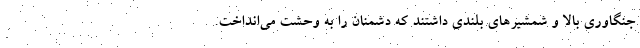
جنگاوری بالا و شمشیر‌های بلندی داشتند که دشمنان را به وحشت می‌انداخت.